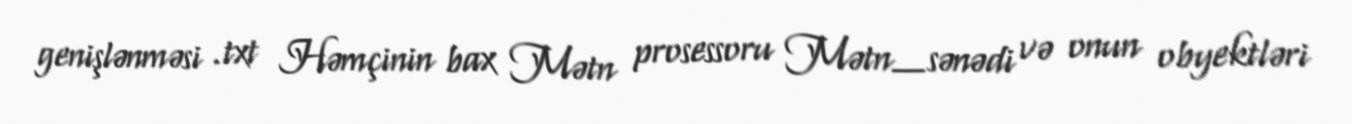
genişlənməsi .txt Həmçinin bax Mətn prosessoru Mətn_sənədi və onun obyektləri